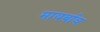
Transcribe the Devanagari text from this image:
मायर्बाव